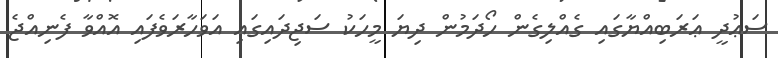
ސަޢުދީ ޢަރަބިއްޔާގައި ގެއްލިގެން ހޯދަމުން ދިޔަ މީހަކު ސަޖިދައިގައި އަވަހާރަވެފައި އޮއްވާ ފެނިއްޖެ